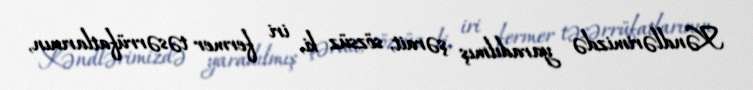
Kəndlərimizdə yaradılmış şərait, sözsüz ki, iri fermer təsərrüfatlarının,